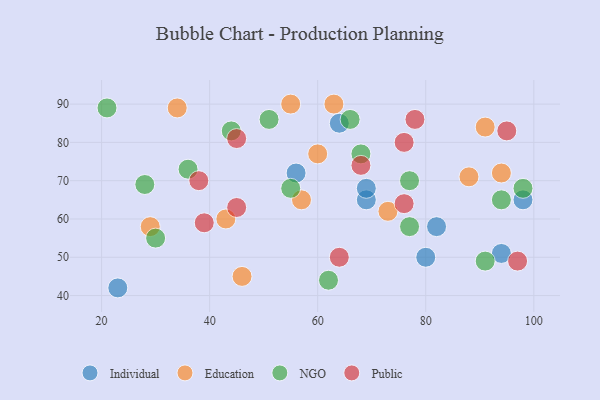
{"axis": {"x": "GDP", "y": "Life Expectancy"}, "legend": ["Education", "Individual", "NGO", "Public"], "data": [{"x": "56", "y": 72, "type": "Individual"}, {"x": "82", "y": 58, "type": "Individual"}, {"x": "80", "y": 50, "type": "Individual"}, {"x": "98", "y": 65, "type": "Individual"}, {"x": "69", "y": 65, "type": "Individual"}, {"x": "69", "y": 68, "type": "Individual"}, {"x": "64", "y": 85, "type": "Individual"}, {"x": "23", "y": 42, "type": "Individual"}, {"x": "94", "y": 51, "type": "Individual"}, {"x": "46", "y": 45, "type": "Education"}, {"x": "55", "y": 90, "type": "Education"}, {"x": "60", "y": 77, "type": "Education"}, {"x": "88", "y": 71, "type": "Education"}, {"x": "29", "y": 58, "type": "Education"}, {"x": "73", "y": 62, "type": "Education"}, {"x": "63", "y": 90, "type": "Education"}, {"x": "94", "y": 72, "type": "Education"}, {"x": "91", "y": 84, "type": "Education"}, {"x": "57", "y": 65, "type": "Education"}, {"x": "43", "y": 60, "type": "Education"}, {"x": "34", "y": 89, "type": "Education"}, {"x": "91", "y": 49, "type": "NGO"}, {"x": "36", "y": 73, "type": "NGO"}, {"x": "68", "y": 77, "type": "NGO"}, {"x": "98", "y": 68, "type": "NGO"}, {"x": "44", "y": 83, "type": "NGO"}, {"x": "62", "y": 44, "type": "NGO"}, {"x": "21", "y": 89, "type": "NGO"}, {"x": "77", "y": 58, "type": "NGO"}, {"x": "77", "y": 70, "type": "NGO"}, {"x": "94", "y": 65, "type": "NGO"}, {"x": "66", "y": 86, "type": "NGO"}, {"x": "55", "y": 68, "type": "NGO"}, {"x": "51", "y": 86, "type": "NGO"}, {"x": "30", "y": 55, "type": "NGO"}, {"x": "28", "y": 69, "type": "NGO"}, {"x": "76", "y": 64, "type": "Public"}, {"x": "39", "y": 59, "type": "Public"}, {"x": "38", "y": 70, "type": "Public"}, {"x": "64", "y": 50, "type": "Public"}, {"x": "97", "y": 49, "type": "Public"}, {"x": "76", "y": 80, "type": "Public"}, {"x": "68", "y": 74, "type": "Public"}, {"x": "95", "y": 83, "type": "Public"}, {"x": "78", "y": 86, "type": "Public"}, {"x": "45", "y": 63, "type": "Public"}, {"x": "45", "y": 81, "type": "Public"}]}